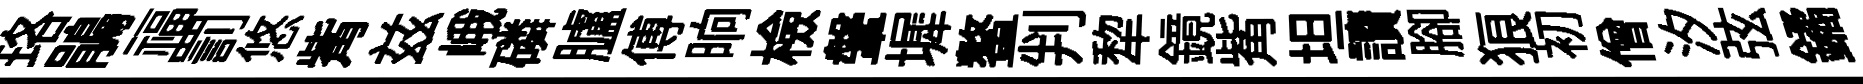
珞鵑福罰悠觜兹峨磷臚傅晌檢鞶墀鳌判犂鏡觜坦讀腳狼初僧汐弦鐍